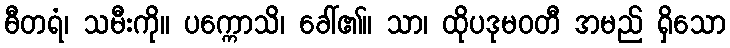
ဓီတရံ၊ သမီးကို။ ပက္ကောသိ၊ ခေါ်၏။ သာ၊ ထိုပဒုမဝတီ အမည် ရှိသော